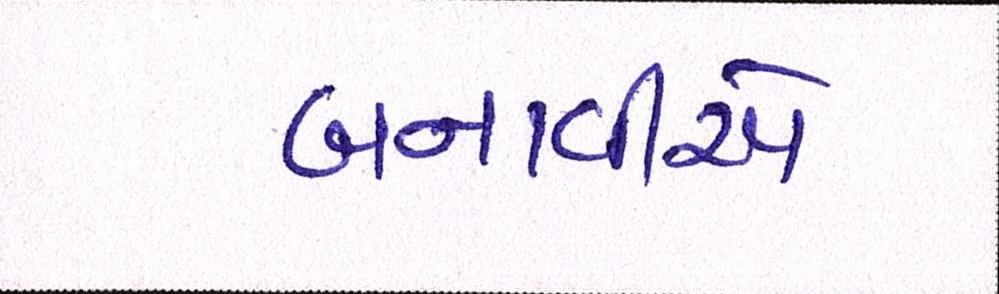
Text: બનાવીએ